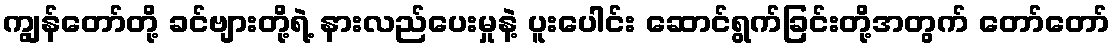
ကျွန်တော်တို့ ခင်ဗျားတို့ရဲ့ နားလည်ပေးမှုနဲ့ ပူးပေါင်း ဆောင်ရွက်ခြင်းတို့အတွက် တော်တော်